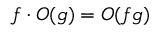
f \cdot O ( g ) = O ( f g )